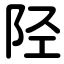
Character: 陉